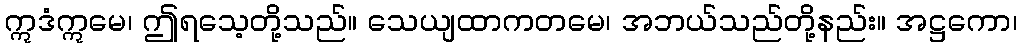
ဣဒံဣမေ၊ ဤရသေ့တို့သည်။ သေယျထာကတမေ၊ အဘယ်သည်တို့နည်း။ အဋ္ဌကော၊